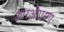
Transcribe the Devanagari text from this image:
आरओएसए